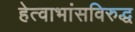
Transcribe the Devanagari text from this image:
हेत्वाभांसविरुद्ध